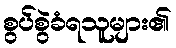
စွပ်စွဲခံရသူများ၏